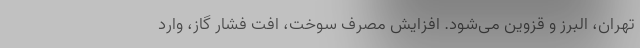
تهران، البرز و قزوین می‌شود. افزایش مصرف سوخت، افت فشار گاز، وارد